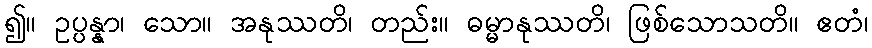
၍။ ဥပ္ပန္နာ၊ သော။ အနုဿတိ၊ တည်း။ ဓမ္မာနုဿတိ၊ ဖြစ်သောသတိ။ ဧတံ၊